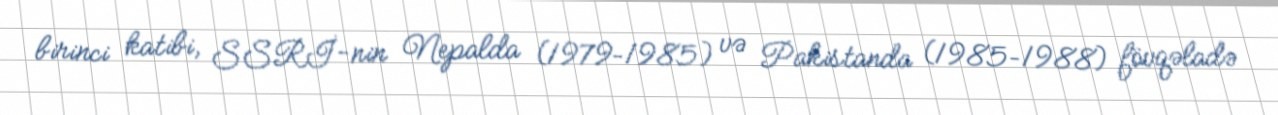
birinci katibi, SSRİ-nin Nepalda (1979–1985) və Pakistanda (1985–1988) fövqəladə